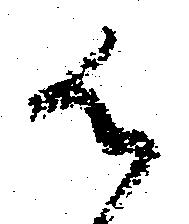
御